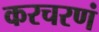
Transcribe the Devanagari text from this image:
करचरणं